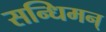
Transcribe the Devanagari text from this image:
सन्धिमन्